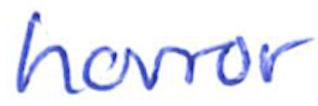
Text: horror
Cross-out: clean
Writing tool: ballpoint